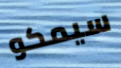
سيمكو